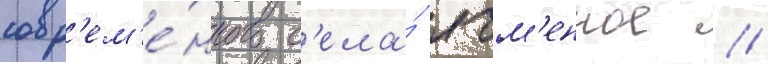
совр'ем'е́нного с'ела́ ячм'енное //